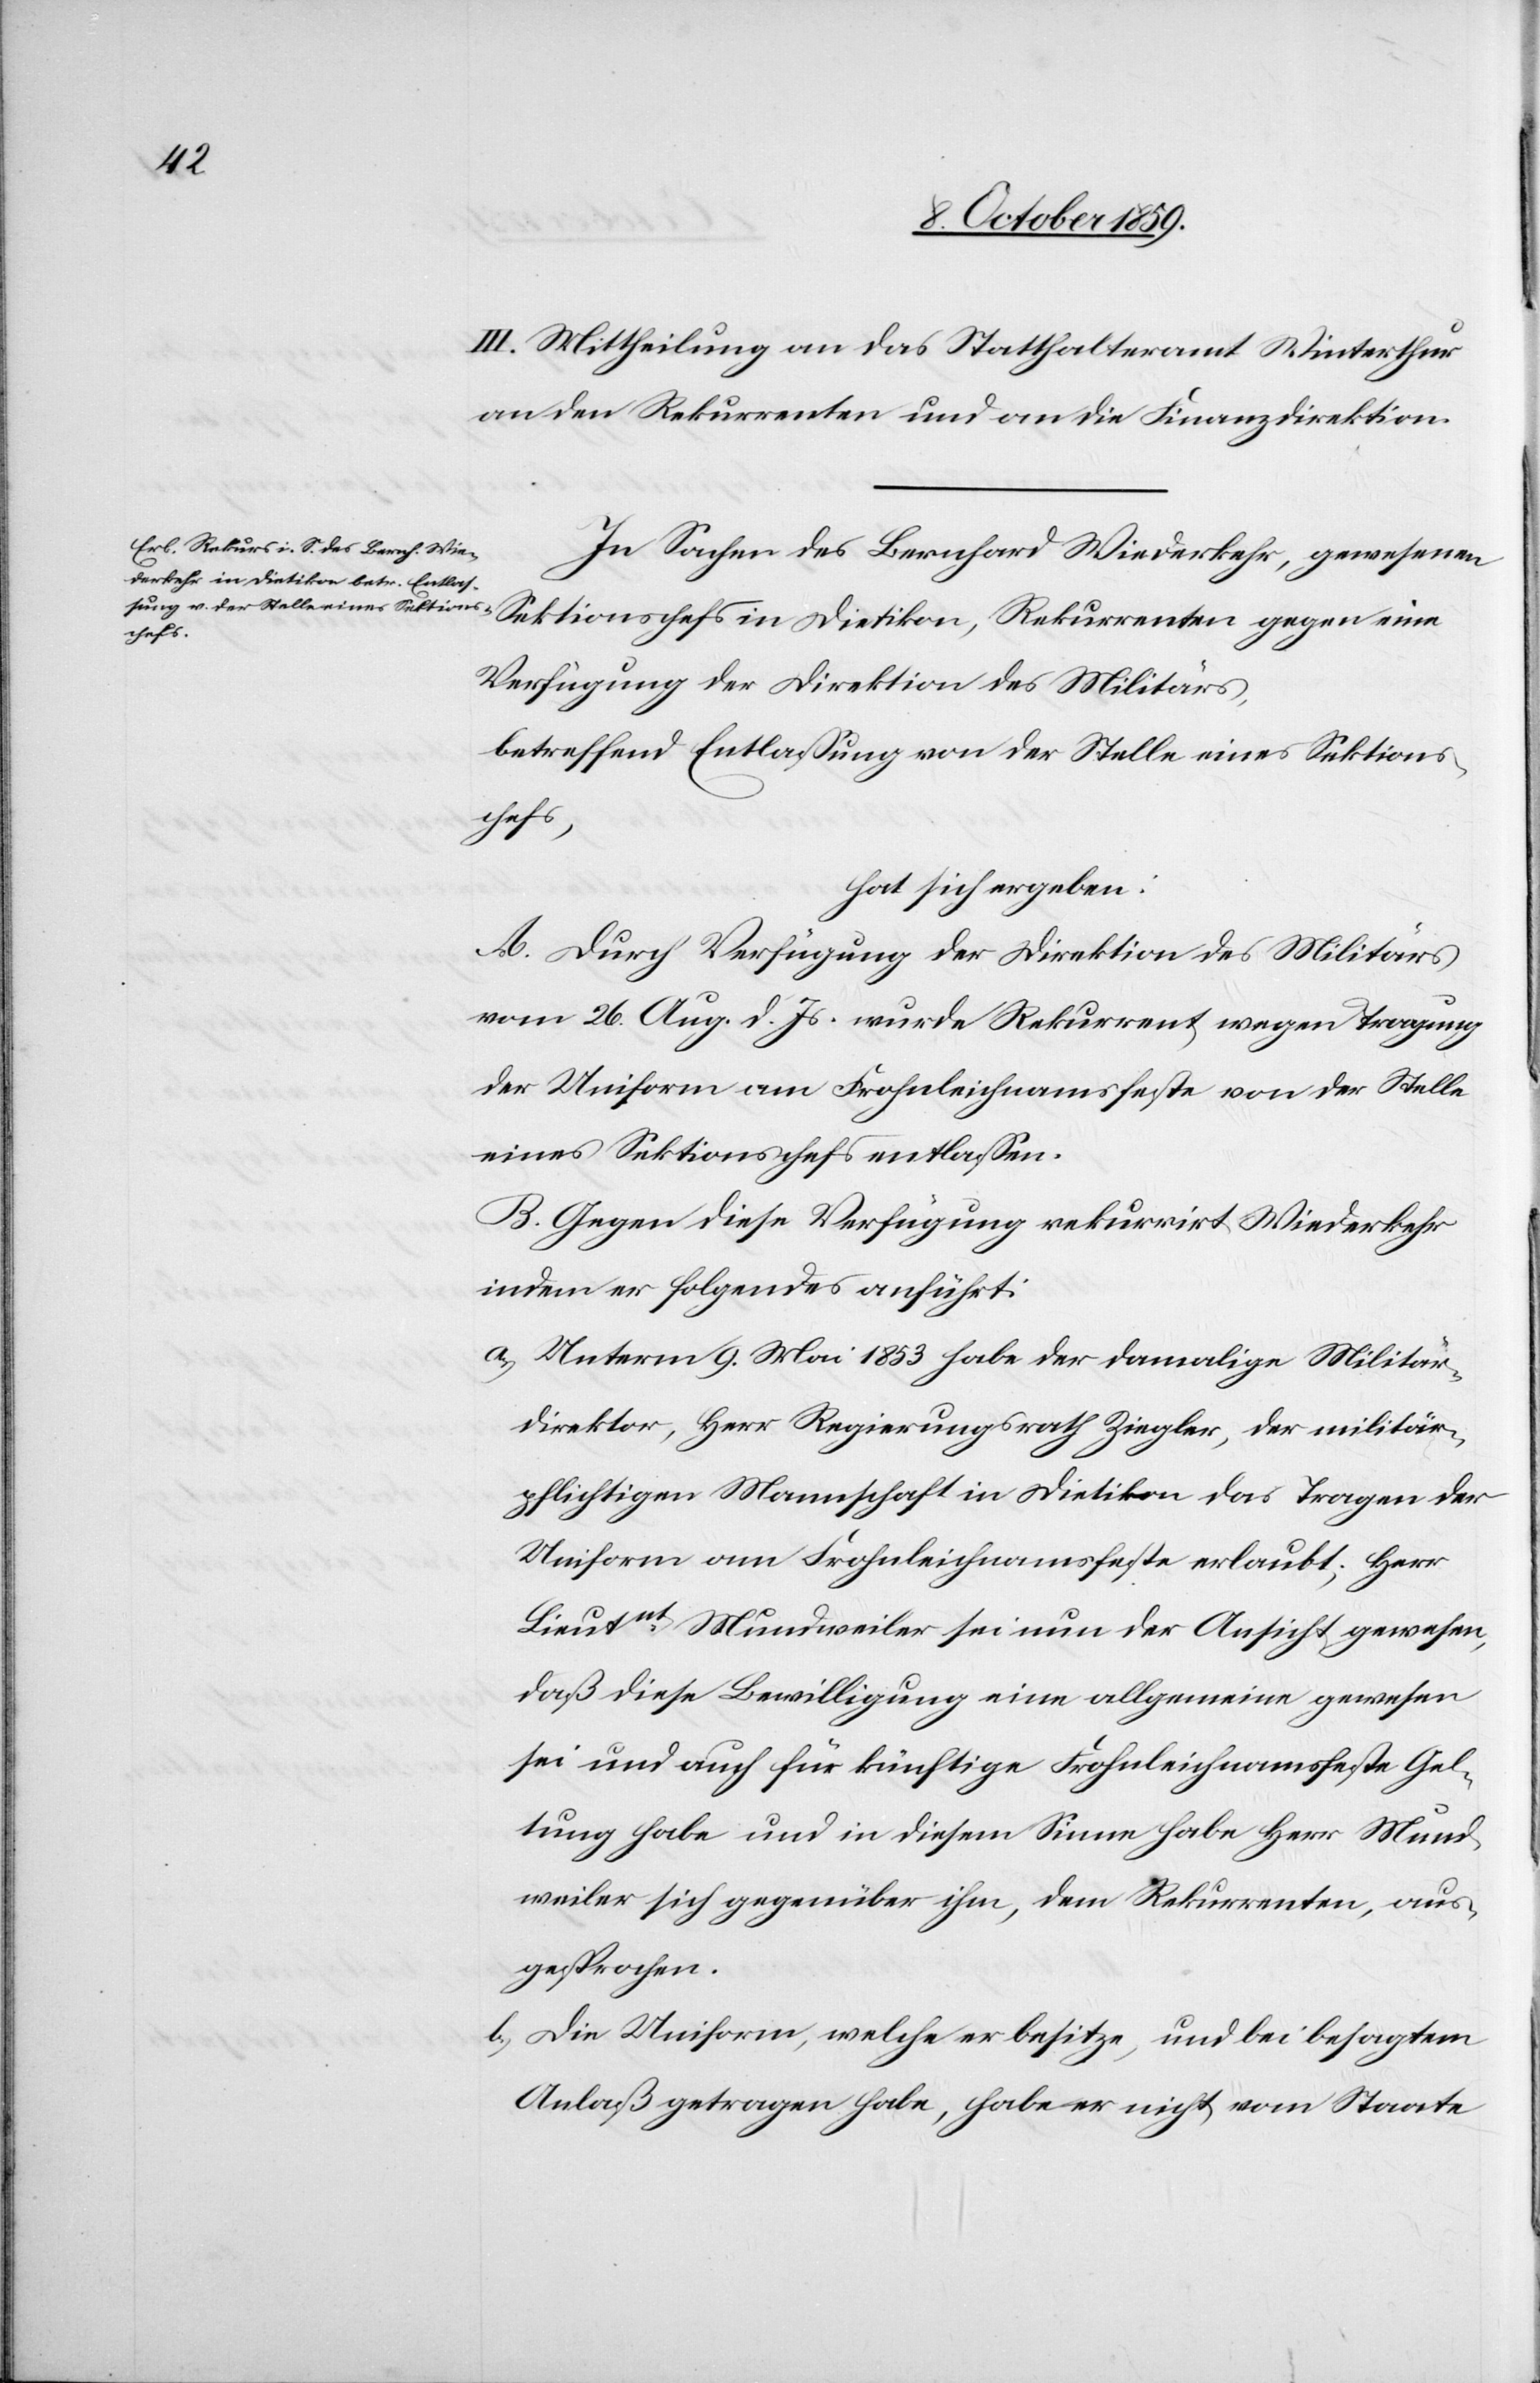
III. Mittheilung an das Statthalteramt Winterthur[,]
an den Rekurrenten und an die Finanzdirektion.
In Sachen des Bernhard Wiederkehr, gewesenen
Sektionschefs in Dietikon, Rekurrenten gegen eine
Verfügung der Direktion des Militärs,
betreffend Entlassung von der Stelle eines Sektions¬
chefs,
hat sich ergeben:
A. Durch Verfügung der Direktion des Militärs
vom 26. Aug. d. Js. wurde Rekurrent wegen Tragung
der Uniform am Frohnleichnamsfeste von der Stelle
eines Sektionschefs entlassen.
B. Gegen diese Verfügung rekurrirt Wiederkehr
indem er folgendes anführt:
a.) Unterm 9. Mai 1853 habe der damalige Militär¬
direktor, Herr Regierungsrath Ziegler, der militär¬
pflichtigen Mannschaft in Dietikon das Tragen der
Uniform am Frohnleichnamsfeste erlaubt; Herr
Lieutnt Mundweiler sei nun der Ansicht gewesen,
daß diese Bewilligung eine allgemeine gewesen
sei und auch für künftige Frohnleichnamsfeste Gel¬
tung habe und in diesem Sinne habe Herr Mund¬
weiler sich gegenüber ihm, dem Rekurrenten, aus¬
gesprochen.
b.) Die Uniform, welche er besitze, und bei besagtem
Anlaß getragen habe, habe er nicht vom Staate